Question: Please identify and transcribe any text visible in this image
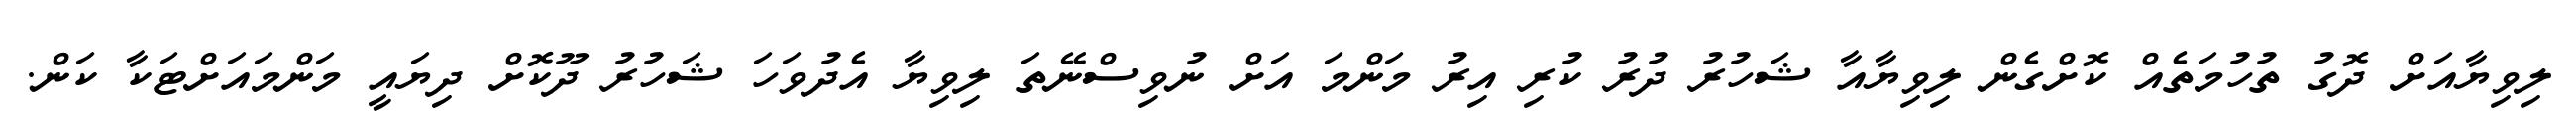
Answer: ލިވިޔާއަށް ދޮގު ތުހުމަތެއް ކޮށްގެން ލިވިޔާއާ ޝަހުރު ދުރު ކުރި އިރު މަންމަ އަށް ނުވިސްނޭތަ ލިވިޔާ އެދުވަހަ ޝަހުރު ދޫކޮށް ދިޔައީ މަންމައަށްޓަކާ ކަން.